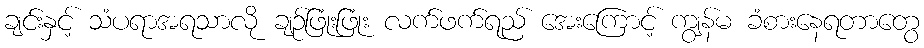
ချင်းနှင့် သံပရာအရသာလို ချဉ်ဖြုံးဖြုံး လက်ဖက်ရည် အေးကြောင့် ကျွန်မ ခံစားနေရတာတွေ